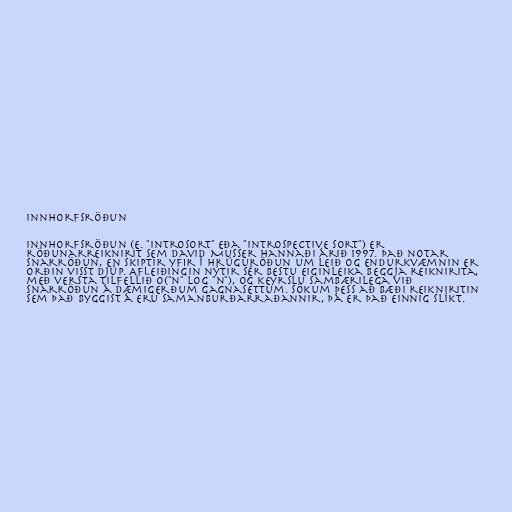
Innhorfsröðun

Innhorfsröðun (e. "Introsort" eða "introspective sort") er
röðunarreiknirit sem David Musser hannaði árið 1997. Það notar
snarröðun, en skiptir yfir í hrúguröðun um leið og endurkvæmnin er
orðin visst djúp. Afleiðingin nýtir sér bestu eiginleika beggja reiknirita,
með versta tilfellið O("n" log "n"), og keyrslu sambærilega við
snarröðun á dæmigerðum gagnasettum. Sökum þess að bæði reikniritin
sem það byggist á eru samanburðarraðannir, þá er það einnig slíkt.